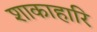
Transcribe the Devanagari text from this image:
शाकाहारि